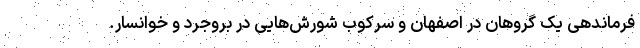
فرماندهی یک گروهان در اصفهان و سرکوب شورش‌هایی در بروجرد و خوانسار.